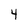
Character: 4